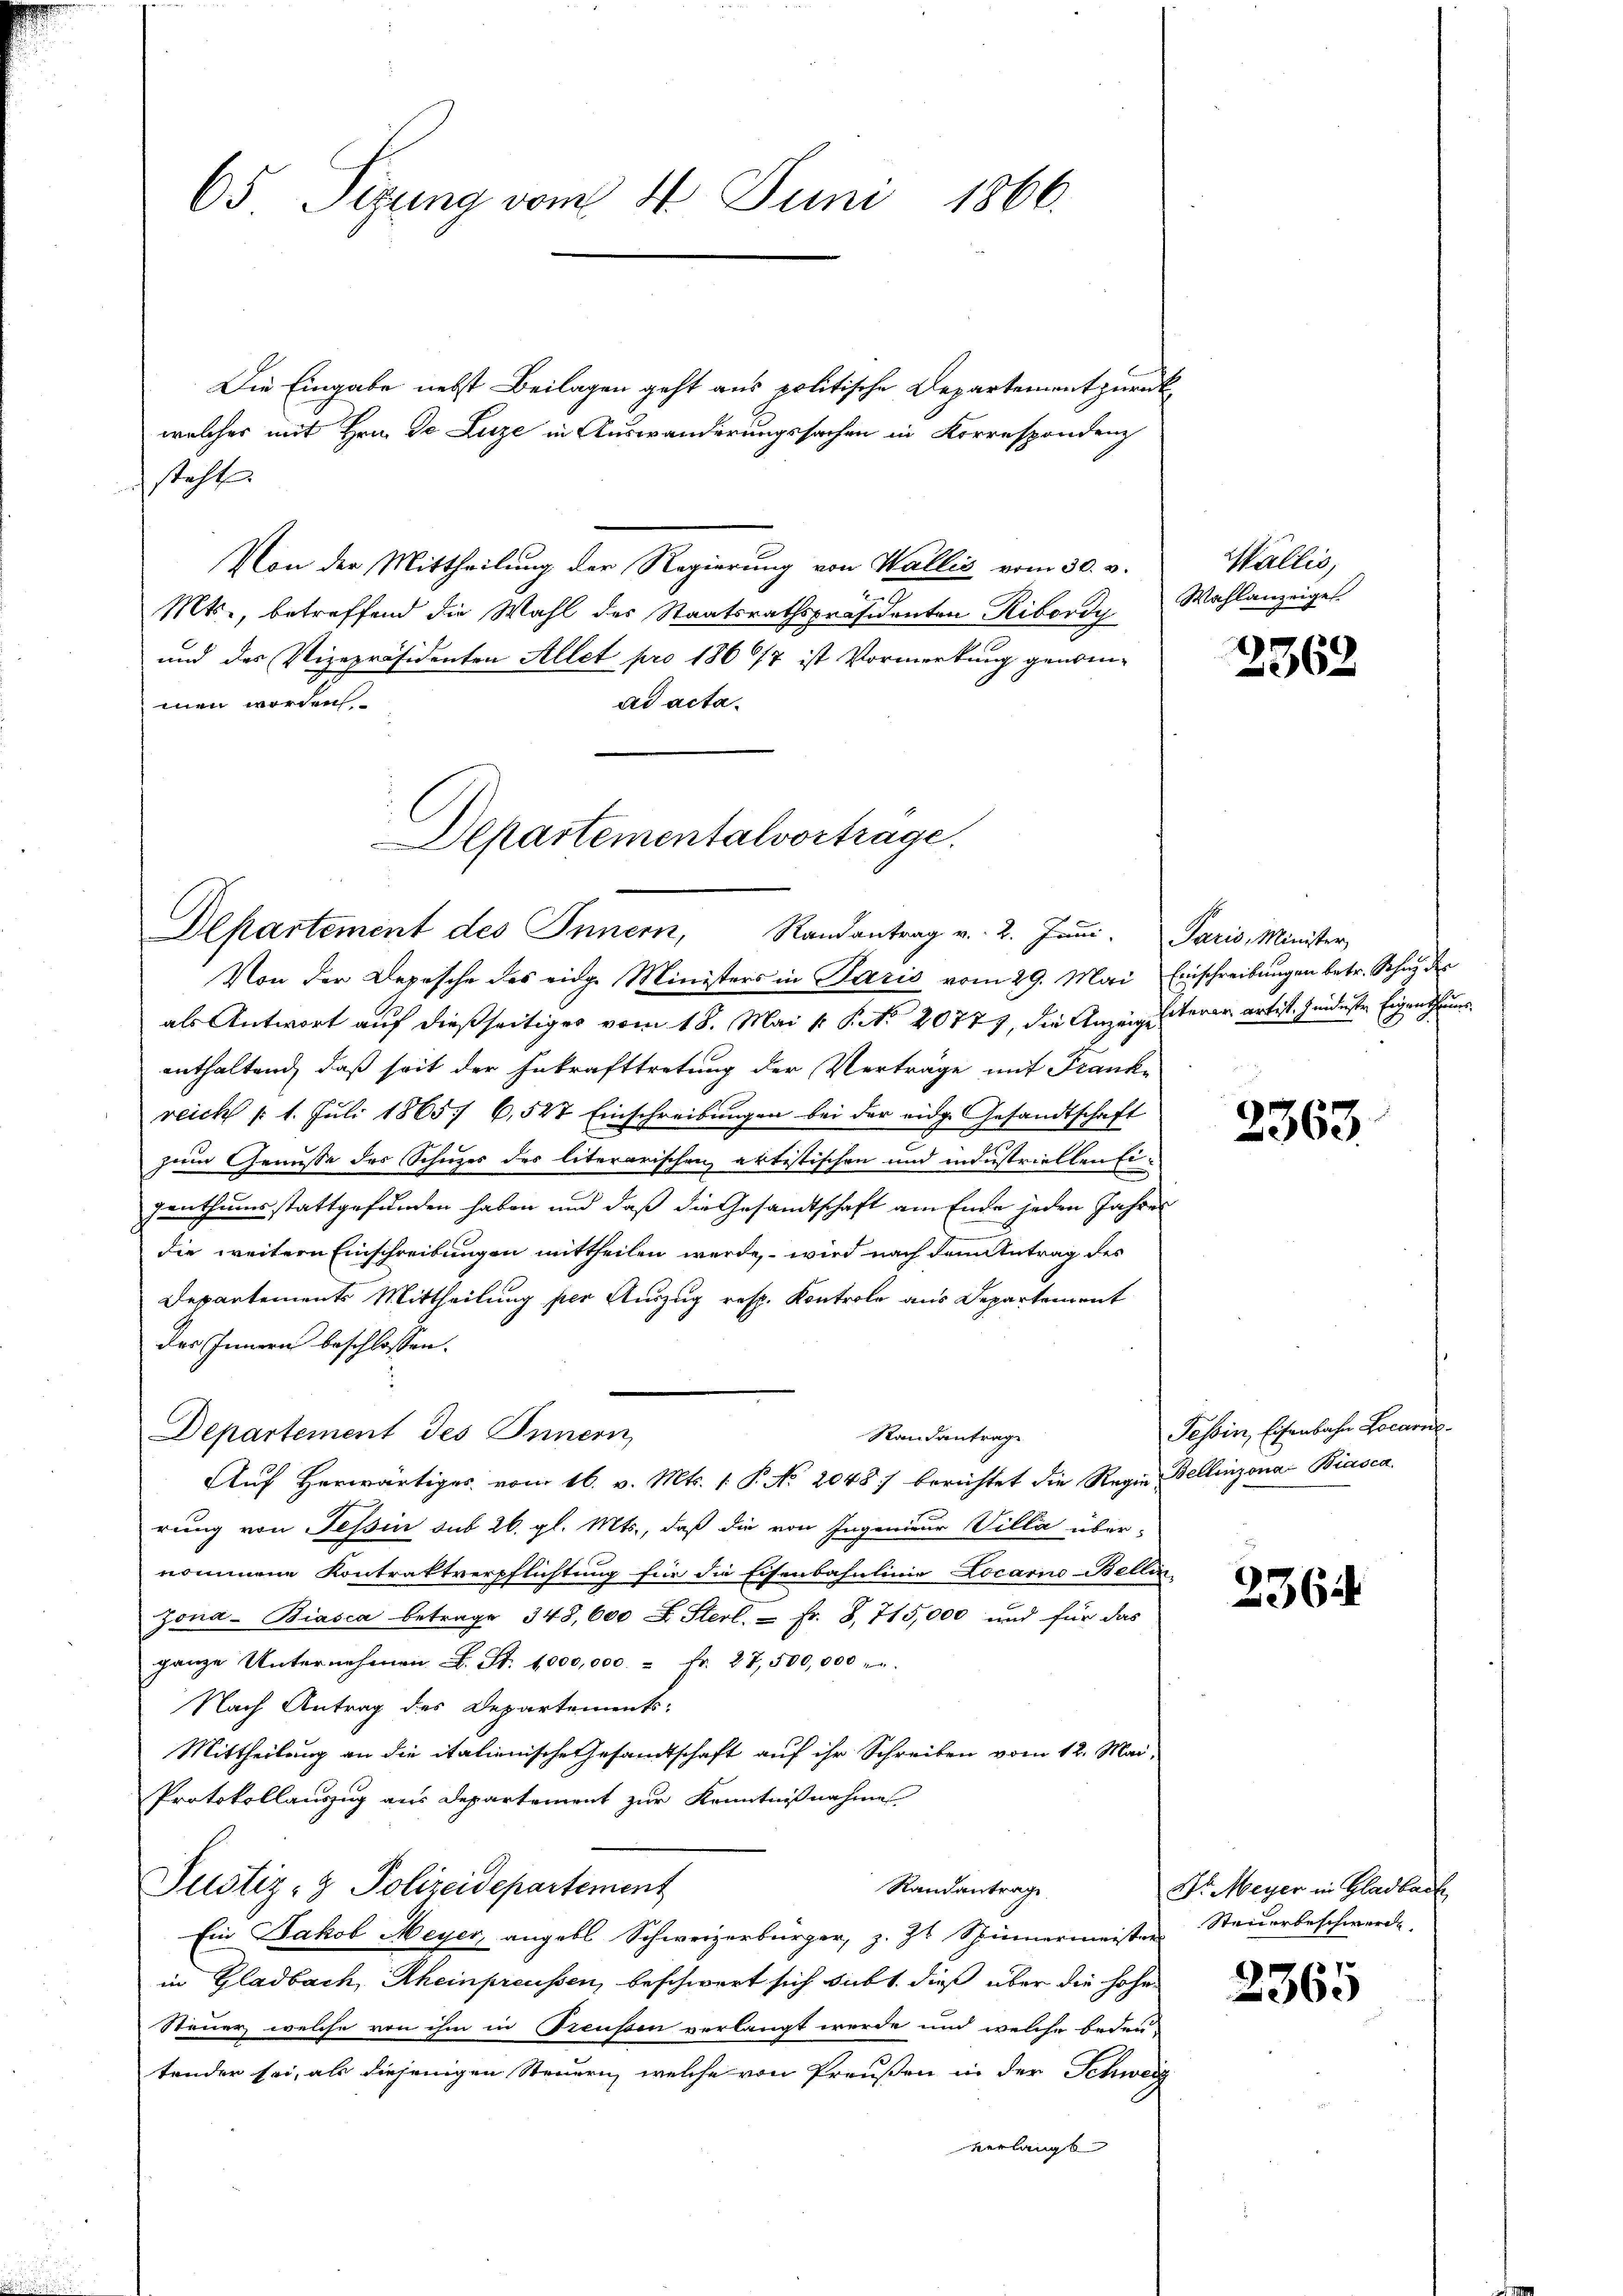
65 Sizung vom 4. Juni 1866.

Die Eingabe nebst Beilagen geht aus politische Departement zurückwelches mit Hrn. Je Luze in Auswanderungssachen in Korrespondenz
steht
Von der Mittheilung der Regierung von Wallis vom 30. v.
2
Mts., betreffend die Wahl des Staatsrathspräsidenten Ribordy Wahlanzeiges
und des Vizepräsidenten Allet pro 1867 ist Vormerkung genomad acta.
men worden.

Departementalvortrage.
Departement des Innern,
Randantrag v. 2. Juni. Paris, Minister

Von der Depesche des eidge Ministers in Paris vom 29. Mai Einschreibungen betr. Schnyder
als Antwort auf dießseitiges vom 18. Mai v. P. Nr. 20777, die Anzeigesterer artist, sendeste Eigenthums
enthaltend, daß seit der Inkrafttretung der Verträge mit Frank-
reich /: 1. Jŭli 1865/ 6,547 Einschreibŭngen bei der eidge Gesandtschaft
zum Genüsse des Schuzes des literarischen aktistischen und industriellen Eigenthumsstattgefunden haben und daß die Gesandtschaft am Ende jeden Jahres
die weitern Einschreibungen mittheilen werde, wird nach dann Antrag des
Departements Mittheilung per Auszug resp. Kontrole aus Departement
des Innern beschlossen:
Departement des Innern
Aŭf herwärtiges vom 16. v. Mts. 1. P. No. 2048) berichtet die Regie Bellinzona-Biasca
rung von Tessin sub 26. gl. Mts., daß die von Ingenieur Villa über-
nommene Kontrattverpflichtung für die Eisenbahnlinie Locarno Bellin
Zona- Biasca betrage 348,600 f. Sterl. - Fr. 3, 715,000 und für das
ganze Unternehmen L. St. 1000,000. - Fr. 27,500,000 "
Nach Antrag des Departements-
Mittheilung an die italienische Gesandtschaft auf ihr Schreiben vom 12. Mai,
Protokollauszug aus Departement zur Kenntnißnahme
Justiz- & Polizeidepartement
Randantrage
Ein Jakob Meyer, angebl. Schweizerbürger, z. Zt. Spinnermeister Steŭerbeschwerde.
in Gladbach, Rheinpreussen, beschwert sich subt dieß über die hohe
Steuer, welche von ihm in Preußen verlangt werde und welche bedeu-
tender sei, als diejenigen Steuern, welche von Preußen in der Schweiz
verlangt

Randantrag

Wallis,

2362

2363.

Tessin, Eisenbahn Locarie

2364

Dr. Meyer in Gladbach

2365